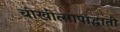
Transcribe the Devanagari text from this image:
चीखीत्सापाद्धाती